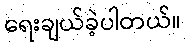
ရေးချယ်ခဲ့ပါတယ်။